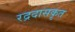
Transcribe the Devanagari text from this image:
रद्रदासकृत